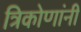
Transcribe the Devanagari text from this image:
त्रिकोणांनी